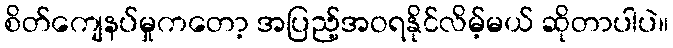
စိတ်ကျေနပ်မှုကတော့ အပြည့်အဝရနိုင်လိမ့်မယ် ဆိုတာပါပဲ။